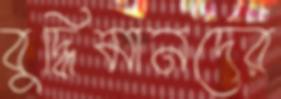
বুদ্ধিমানদের